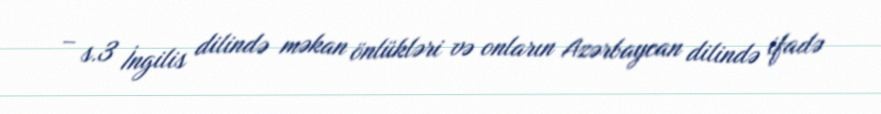
– s.3 İngilis dilində məkan önlükləri və onların Azərbaycan dilində ifadə